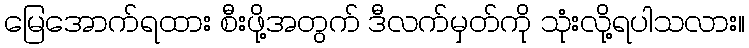
မြေအောက်ရထား စီးဖို့အတွက် ဒီလက်မှတ်ကို သုံးလို့ရပါသလား။